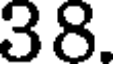
38.